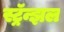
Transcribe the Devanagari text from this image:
स्ट्रॅन्झल